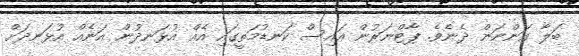
ބަލާ އަންނަން ދެނެވެ. ޕާޓްނަރުން އައިސް ކަނޑުމަތީގައި އެއް އުޅަނދުން އަނެއް އުޅަނދަށް